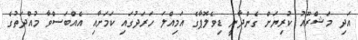
އަދި މަޝްރޫއު ކުރިޔަށް ގެންދާނީ ޑިވެލޮޕާގެ އަމިއްލަ ހަރަދުގައި ކަމަށާއި އެއްބަސްވާ މުއްދަތުގެ